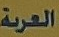
العربة